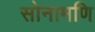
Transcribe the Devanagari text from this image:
सोनामणि